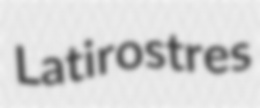
Latirostres